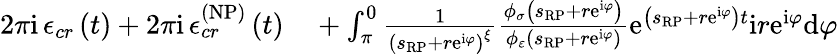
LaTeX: \begin{array}{rl}{2\pi\mathrm{i\, }\mathcal{\epsilon}_{cr}\left(t\right)+2\pi\mathrm{i\, }\mathcal{\epsilon}_{cr}^{\left(\mathrm{NP}\right)}\left(t\right)}&{{}+\int_{\pi}^{0}\frac{1}{\left(s_{\scriptscriptstyle{\mathrm{RP}}}+r\mathrm{e}^{\mathrm{i}\varphi}\right)^{\xi}}\frac{\phi_{\sigma}\left(s_{\scriptscriptstyle{\mathrm{RP}}}+r\mathrm{e}^{\mathrm{i}\varphi}\right)}{\phi_{\varepsilon}\left(s_{\scriptscriptstyle{\mathrm{RP}}}+r\mathrm{e}^{\mathrm{i}\varphi}\right)}\mathrm{e}^{\left(s_{\scriptscriptstyle{\mathrm{RP}}}+r\mathrm{e}^{\mathrm{i}\varphi}\right)t}\mathrm{i}r\mathrm{e}^{\mathrm{i}\varphi}\mathrm{d}\varphi}\end{array}